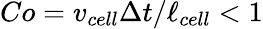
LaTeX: Co=v_{cell}\Delta t/\ell_{cell}<1